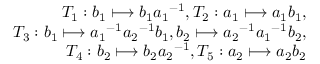
\begin{array} { r } { T _ { 1 } : b _ { 1 } \longmapsto b _ { 1 } { a _ { 1 } } ^ { - 1 } , T _ { 2 } : a _ { 1 } \longmapsto a _ { 1 } b _ { 1 } , } \\ { T _ { 3 } : b _ { 1 } \longmapsto { a _ { 1 } } ^ { - 1 } { a _ { 2 } } ^ { - 1 } b _ { 1 } , b _ { 2 } \longmapsto { a _ { 2 } } ^ { - 1 } { a _ { 1 } } ^ { - 1 } b _ { 2 } , } \\ { T _ { 4 } : b _ { 2 } \longmapsto b _ { 2 } { a _ { 2 } } ^ { - 1 } , T _ { 5 } : a _ { 2 } \longmapsto a _ { 2 } b _ { 2 } } \end{array}